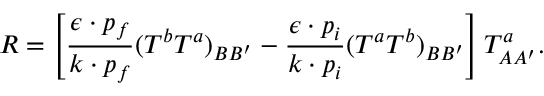
{ \cal R } = \left[ \frac { \epsilon \cdot p _ { f } } { k \cdot p _ { f } } ( T ^ { b } T ^ { a } ) _ { B B ^ { \prime } } - \frac { \epsilon \cdot p _ { i } } { k \cdot p _ { i } } ( T ^ { a } T ^ { b } ) _ { B B ^ { \prime } } \right] T _ { A A ^ { \prime } } ^ { a } .